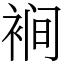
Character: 裥